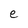
Character: e